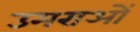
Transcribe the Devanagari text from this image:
उमराओं